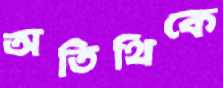
অতিথিকে